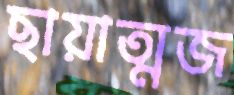
ছায়াত্মজ